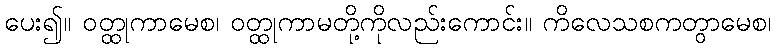
ပေး၍။ ဝတ္ထုကာမေစ၊ ဝတ္ထုကာမတို့ကိုလည်းကောင်း။ ကိလေသစကတွာမေစ၊